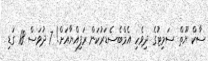
ސާކް ޔޫތް ސަމިޓުގެ ދިވެހި އެމްބެސެޑަރުކަން ރަފިއްޔާއަށް! 7 ދުވަސް 18 ގަޑި